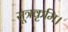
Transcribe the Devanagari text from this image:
सूत्रकृमि।